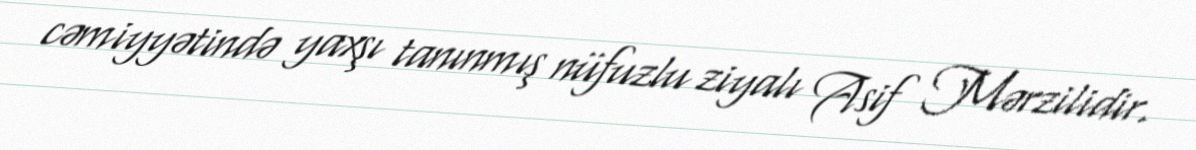
cəmiyyətində yaxşı tanınmış nüfuzlu ziyalı Asif Mərzilidir.